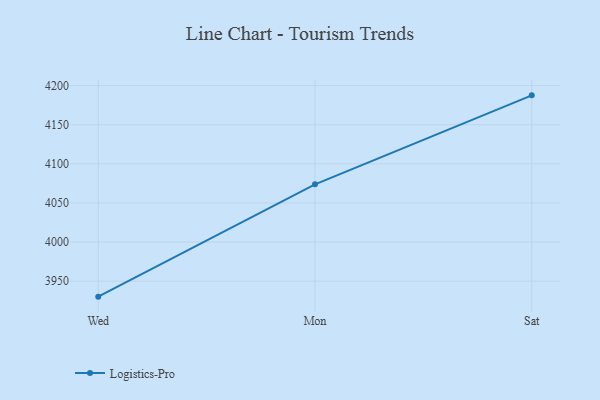
{"axis": {"x": "Day", "y": "Backlog"}, "legend": ["Logistics-Pro"], "data": [{"x": "Wed", "y": 3930.2, "type": "Logistics-Pro"}, {"x": "Mon", "y": 4073.8, "type": "Logistics-Pro"}, {"x": "Sat", "y": 4187.5, "type": "Logistics-Pro"}]}